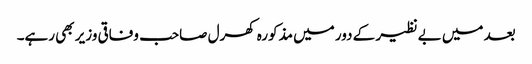
بعد میں بے نظیر کے دور میں مذکورہ کھرل صاحب وفاقی وزیر بھی رہے۔